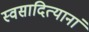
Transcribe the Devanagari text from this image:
स्वसादित्यानां